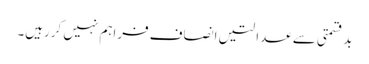
بدقسمتی سے عدالتیں انصاف فراہم نہیں کررہیں۔